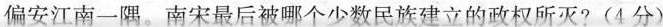
偏安江南一隅。南宋最后被哪个少数民族建立的政权所灭?(4分)